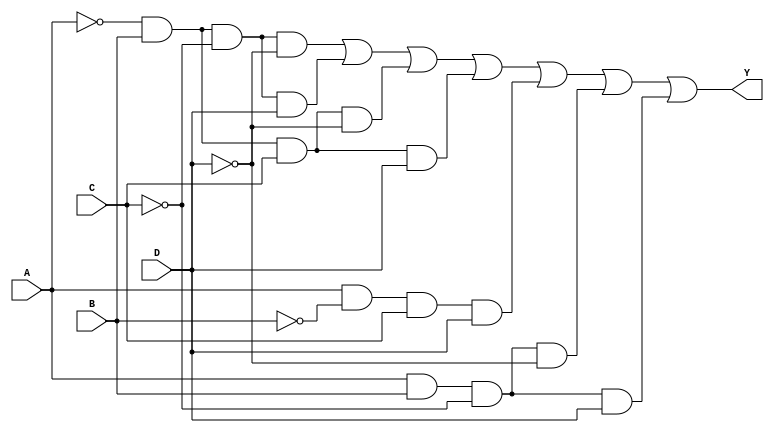

module comb_Y2(Y, A, B, C, D);

    output Y;
    input A, B, C, D;

    assign Y = (~A & B & ~C & ~D) | (~A & B & ~C & D) |
                (~A & B & C & ~D) | (~A & B & C & D) |
                (A & ~B & C & D) | (A & B & ~C & ~D) |
                (A & B & ~C & D);

endmodule